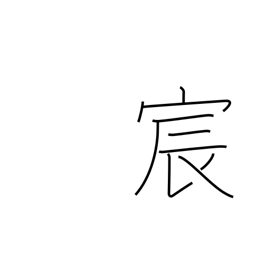
Meaning: imperial courtesy